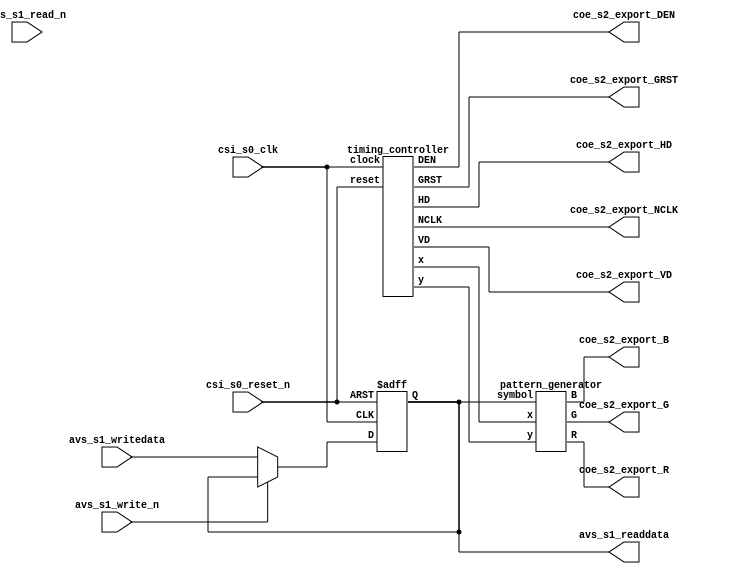
module ltm (

	// Define "s0" as "Clock Input"
	input csi_s0_clk,
	input csi_s0_reset_n,
	
	// Define "s1" as "Avalon Memory Mapped Slave"
	input avs_s1_write_n,
	input avs_s1_read_n,
	input [1:0] avs_s1_writedata,
	output reg [1:0] avs_s1_readdata,

	// Define "s2" as "Conduit"
	output coe_s2_export_NCLK,
	output coe_s2_export_GRST,
	output coe_s2_export_HD,
	output coe_s2_export_VD,
	output coe_s2_export_DEN,
	output [7:0] coe_s2_export_R,
	output [7:0] coe_s2_export_G,
	output [7:0] coe_s2_export_B
);

	// Implement only one interface register
	always @ (posedge csi_s0_clk or negedge csi_s0_reset_n) begin
		if (~csi_s0_reset_n) begin
			avs_s1_readdata <= 0;
		end else if (~avs_s1_write_n) begin
			avs_s1_readdata <= avs_s1_writedata;
		end else begin
			avs_s1_readdata <= avs_s1_readdata;
		end
	end

	// Get the current (x, y) point from timing controller
	wire [31:0] x;
	wire [31:0] y;
	timing_controller u0(
		.HD(coe_s2_export_HD),
		.VD(coe_s2_export_VD),
		.DEN(coe_s2_export_DEN),
		.NCLK(coe_s2_export_NCLK),
		.GRST(coe_s2_export_GRST),
		.x(x),
		.y(y),
		.clock(csi_s0_clk),
		.reset(csi_s0_reset_n)
	);
	
	// Use the current (x, y) point to generate (r, g, b) for LTM
	pattern_generator u1(
		.R(coe_s2_export_R),
		.G(coe_s2_export_G),
		.B(coe_s2_export_B),
		.x(x),
		.y(y),
		.symbol(avs_s1_readdata)
	);

endmodule

module timing_controller (

	// Define output signals to LTM
	output HD,
	output VD,
	output DEN,
	output NCLK,
	output reg GRST,

	// Define output signals to pattern generator
	output [31:0] x,
	output [31:0] y,

	// Define input signals from LTM controller
	input clock,
	input reset

);

	// Generate 25 MHz clock signal for LTM
	reg [2:0] counter1;
	assign NCLK = ~counter1[2];
	always @ (posedge clock or negedge reset) begin
		if (~reset) begin
			counter1 <= 0;
		end else begin
			counter1 <= counter1 + 1;
		end
	end

	// Generate delayed reset signal for LTM
	reg [23:0] counter2;
	always @ (posedge clock or negedge reset) begin
		if (~reset) begin
			GRST <= 0;
			counter2 <= 0;
		end else if (counter2 != 24'hFFFFFF) begin
			GRST <= 0;
			counter2 <= counter2 + 1;
		end else begin
			GRST <= 1;
			counter2 <= counter2;
		end
	end

	// Generate timing signal using LTM's clock and reset
	reg [31:0] i;
	reg [31:0] j;
	assign x = i - 216;
	assign y = j - 35;
	assign HD = i != 0;
	assign VD = j != 0;
	assign DEN = i >= 216 & i < 1016 & j >= 35 & j < 515;
	always @ (negedge NCLK or negedge GRST) begin
		if (~GRST) begin
			i <= 0;
			j <= 0;
		end else if (i < 1055) begin
			i <= i + 1;
			j <= j;
		end else if (j < 524) begin
			i <= 0;
			j <= j + 1;	
		end else begin
			i <= 0;
			j <= 0;
		end
	end

endmodule


module pattern_generator (

	// Define output signals to LTM
	output [7:0] R,
	output [7:0] G,
	output [7:0] B,

	// Define input signals from timing controller
	input [31:0] x,
	input [31:0] y,

	// Define input signals from LTM controller
	input [1:0] symbol

);

	// Define six rectangles regions
	wire horizontal0, horizontal1, horizontal2, vertical0, vertical1, vertical2;
	assign horizontal0 = x >= 200 & x < 600 & y >= 40 & y < 120;
	assign horizontal1 = x >= 200 & x < 600 & y >= 200 & y < 280; 
	assign horizontal2 = x >= 200 & x < 600 & y >= 360 & y < 440;
	assign vertical0 = x >= 200 & x < 280 & y >= 40 & y < 440;
	assign vertical1 = x >= 360 & x < 440 & y >= 40 & y < 440;
	assign vertical2 = x >= 520 & x < 600 & y >= 40 & y < 440;

	// Combine the appropriate regions into four symbols
	wire symbol0, symbol1, symbol2, symbol3;
	assign symbol0 = horizontal2 | vertical0 | vertical1 | vertical2;
	assign symbol1 = horizontal0 | vertical0 | vertical1 | vertical2;
	assign symbol2 = horizontal0 | horizontal1 | horizontal2 | vertical2;
	assign symbol3 = horizontal0 | horizontal1 | horizontal2 | vertical0;

	// Check if the (x, y) point is covered by the selected symbol
	wire covered;
	assign covered = symbol == 0 ? symbol0 : symbol == 1 ? symbol1 : symbol == 2 ? symbol2 : symbol3;

	// Output the appropriate (r, g, b) color
	assign R = covered ? 0 : 255;
	assign G = covered ? 0 : 255;
	assign B = covered ? 0 : 255;

endmodule